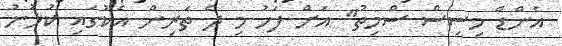
އެންޑް މިސިސް ސްމިތު" އަށް ފަހު މި ދެ ތަރިން އެކުގައި ކުޅުނު